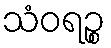
သံဝရဉ္စ